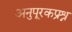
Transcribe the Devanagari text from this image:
अनुपूरकप्रश्न